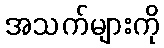
အသက်များကို